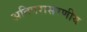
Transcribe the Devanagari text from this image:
अतिपरासरणीय